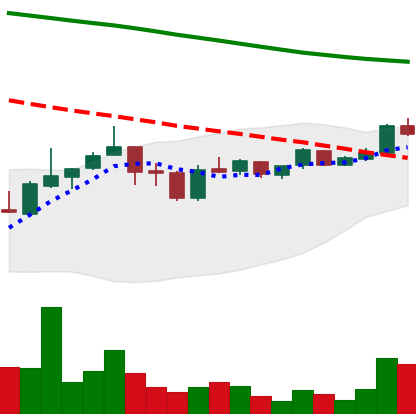
Ticker: ADA-USD
Chart end date: 2019-01-07
Forward return: -8.942%
Label: down_7plus